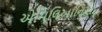
એમિલિઆનિઆ